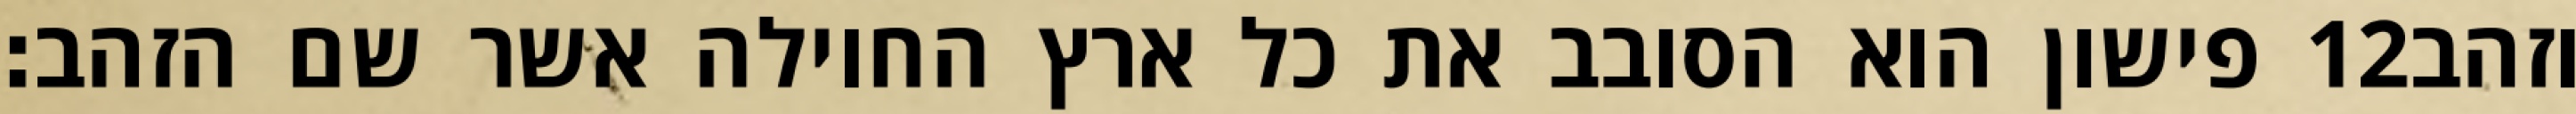
פישון הוא הסובב את כל ארץ החוילה אשר שם הזהב׃ ‎12‏ וזהב